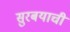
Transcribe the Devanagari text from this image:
सुरबयाची